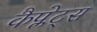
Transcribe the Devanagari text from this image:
कैप्लेट्स